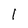
Character: I